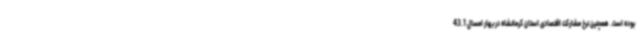
بوده است. همچنین نرخ مشارکت اقتصادی استان کرمانشاه در بهار امسال 43.1